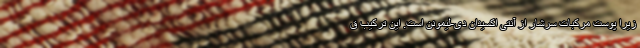
زیرا پوست مرکبات سرشار از آنتی اکسیدان دی-لیمونن است. این ترکیب ق